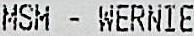
MSM - WERNIE